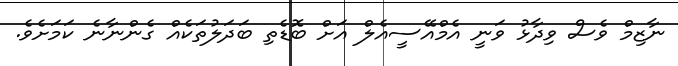
ނާޒިމް ވެސް ވިދާޅު ވަނީ އެމްއޭސީއެލް އަށް ބޮޑެތި ބަދަލުތަކެއް ގެންނާނެ ކަމަށެވެ.